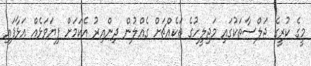
މީގެ ކުރީގެ ޖަލްސާތަކުގައި މަޖިލީހުގެ ތަކެއްޗަށް ގެއްލުން ދިންއިރު އެކަމަށް ފިޔަވަޅެއް އަޅާފައި